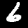
Digit: 6